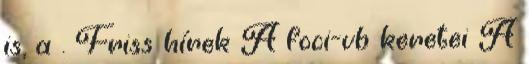
is, a . Friss hírek A foci-vb keretei A